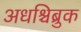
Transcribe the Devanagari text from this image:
अधश्चिब्रुक